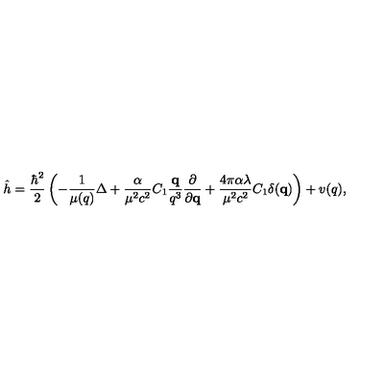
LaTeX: \hat { h } = \frac { \hbar ^ { 2 } } { 2 } \left( - \frac { 1 } { \mu ( q ) } \Delta + \frac { \alpha } { \mu ^ { 2 } c ^ { 2 } } C _ { 1 } \frac { { \bf q } } { q ^ { 3 } } \frac { \partial } { \partial { \bf q } } + \frac { 4 \pi \alpha \lambda } { \mu ^ { 2 } c ^ { 2 } } C _ { 1 } \delta ( { \bf q } ) \right) + v ( q ) ,